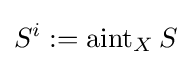
S^{i}:=\operatorname {aint} _{X}S